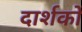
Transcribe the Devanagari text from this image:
दार्शकों